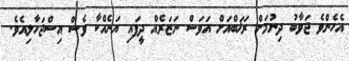
އެހެންވެ ޖަވާބު ދިނުމަށް ރަޚަބްއަށް އަވަސް ނަޒަރެއް ދީފައި އަނެއްކާ ވެސް އިސްޖަހާލިއެވެ.